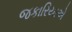
જકારિયાએ